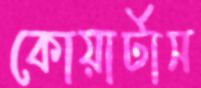
কোয়ার্টাস